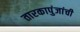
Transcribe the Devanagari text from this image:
तारकापुंजांची